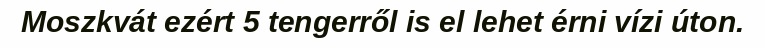
Moszkvát ezért 5 tengerről is el lehet érni vízi úton.